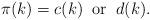
LaTeX: \begin{align*}\pi(k) = c(k) \; \; \mbox{or} \; \; d(k).\end{align*}